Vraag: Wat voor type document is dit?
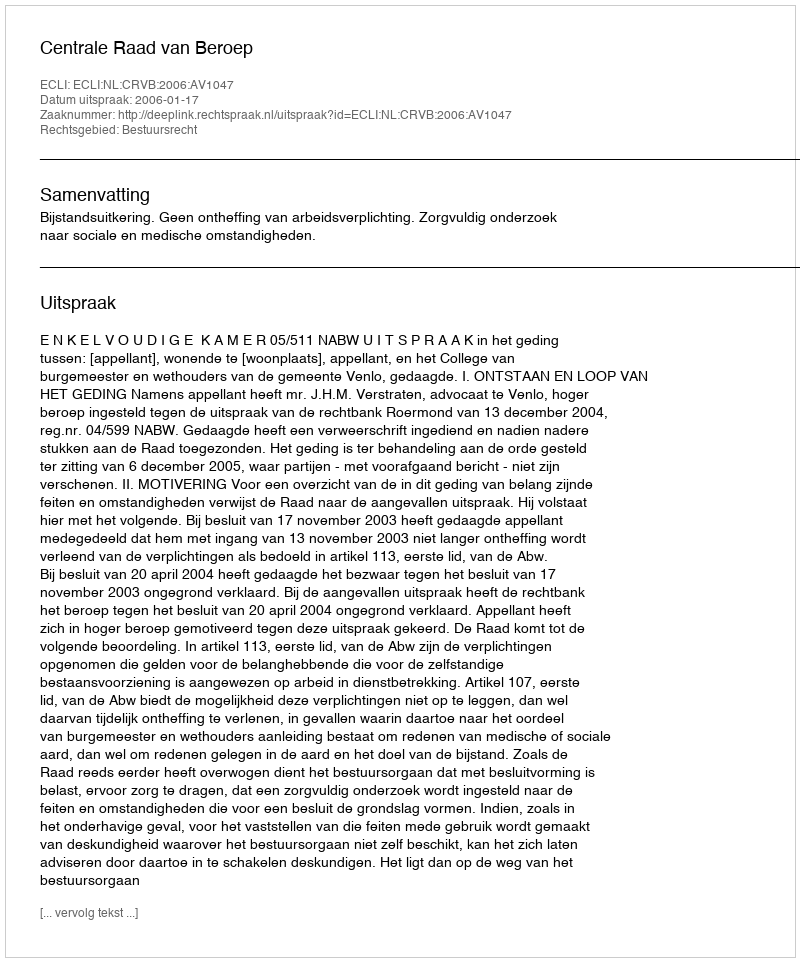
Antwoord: Uitspraak